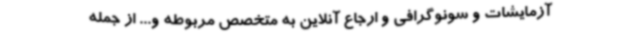
آزمایشات و سونوگرافی و ارجاع آنلاین به متخصص مربوطه و... از جمله